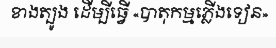
ខាងត្បូង ដើម្បីធ្វើ «បាតុកម្មភ្លើងទៀន»